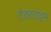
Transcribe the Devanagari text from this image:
टैवरटाइन